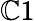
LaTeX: \mathbb{C}1